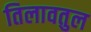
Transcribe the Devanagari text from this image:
तिलावतुल